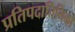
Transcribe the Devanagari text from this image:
प्रतिपदातिथिको